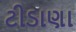
ટીડાણા